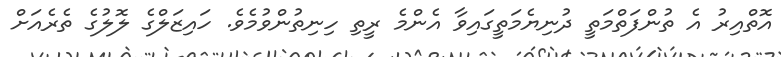
އޮތްއިރު އެ ތުންފަތްމަތީ ދުނިޔެމަތީގައިވާ އެންމެ ރީތި ހިނިތުންވުމެވެ. ހައިޒަލްގެ ލޮލުގެ ތެރެއަށް